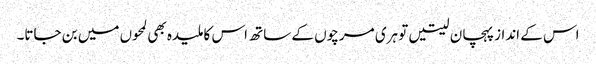
اس کے انداز پہچان لیتیں تو ہری مرچوں کے ساتھ اس کا ملیدہ بھی لمحوں میں بن جاتا۔